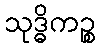
သုဒ္ဓိကဉ္စ